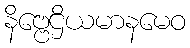
နိဗ္ဗေဌိယမာနမေဝ